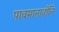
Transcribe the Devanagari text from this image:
पावमानादीनि